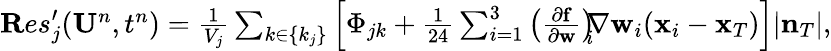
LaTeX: \begin{array}{r}{{\mathbf Res}_{j}^{\prime}({\mathbf U}^{n},t^{n})=\frac{1}{V_{j}}\sum_{k\in\{ k_{j}\} }\left[\Phi_{jk}+\frac{1}{24}\sum_{i=1}^{3}\left(\frac{\partial{\mathbf f}}{\partial{\mathbf w}}\right)_{\! \! i}\! \! \nabla{\mathbf w}_{i}({\mathbf x}_{i}-{\mathbf x}_{T})\right]|{\mathbf n}_{T}|,}\end{array}